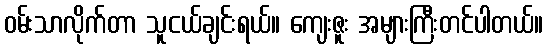
ဝမ်းသာလိုက်တာ သူငယ်ချင်းရယ်။ ကျေးဇူး အများကြီးတင်ပါတယ်။